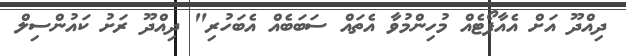
ދިއްދޫ އަށް އެއާޕޯޓެއް މުހިންމުވާ އެތައް ސަބަބެއް އެބަހުރި" ދިއްދޫ ރަށު ކައުންސިލް